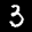
Label: 3